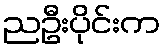
ညဦးပိုင်းက